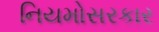
નિયમોસરકાર